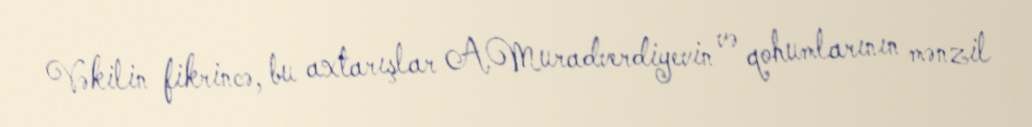
Vəkilin fikrincə, bu axtarışlar A.Muradverdiyevin və qohumlarının mənzil